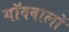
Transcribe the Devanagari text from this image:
गॉववालों